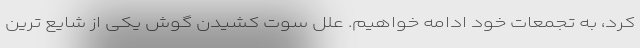
کرد، به تجمعات خود ادامه خواهیم. علل سوت کشیدن گوش یکی از شایع ترین